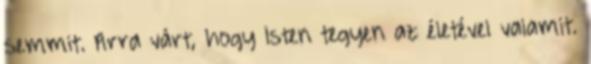
semmit. Arra várt, hogy Isten tegyen az életével valamit.